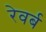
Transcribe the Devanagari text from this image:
रेवर्ब